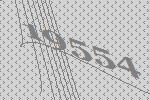
19554